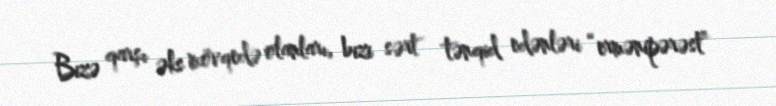
Bizə qarşı əks mövqedə olanları, bizi sərt tənqid edənləri “ermənipərəst”